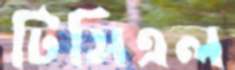
টিসিএল